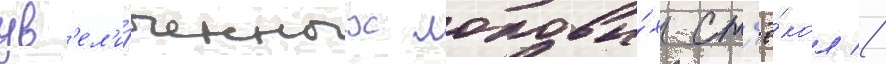
ув'ел'и́ченных лобовы́х ст'ё́кол //